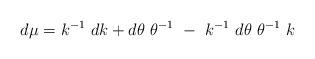
LaTeX: \begin{align*}d \mu = k^{-1} ~dk + d \theta ~\theta ^{-1} ~- ~k^{-1} ~d \theta ~\theta ^{-1} ~k\end{align*}